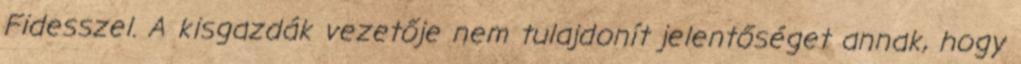
Fidesszel. A kisgazdák vezetője nem tulajdonít jelentőséget annak, hogy